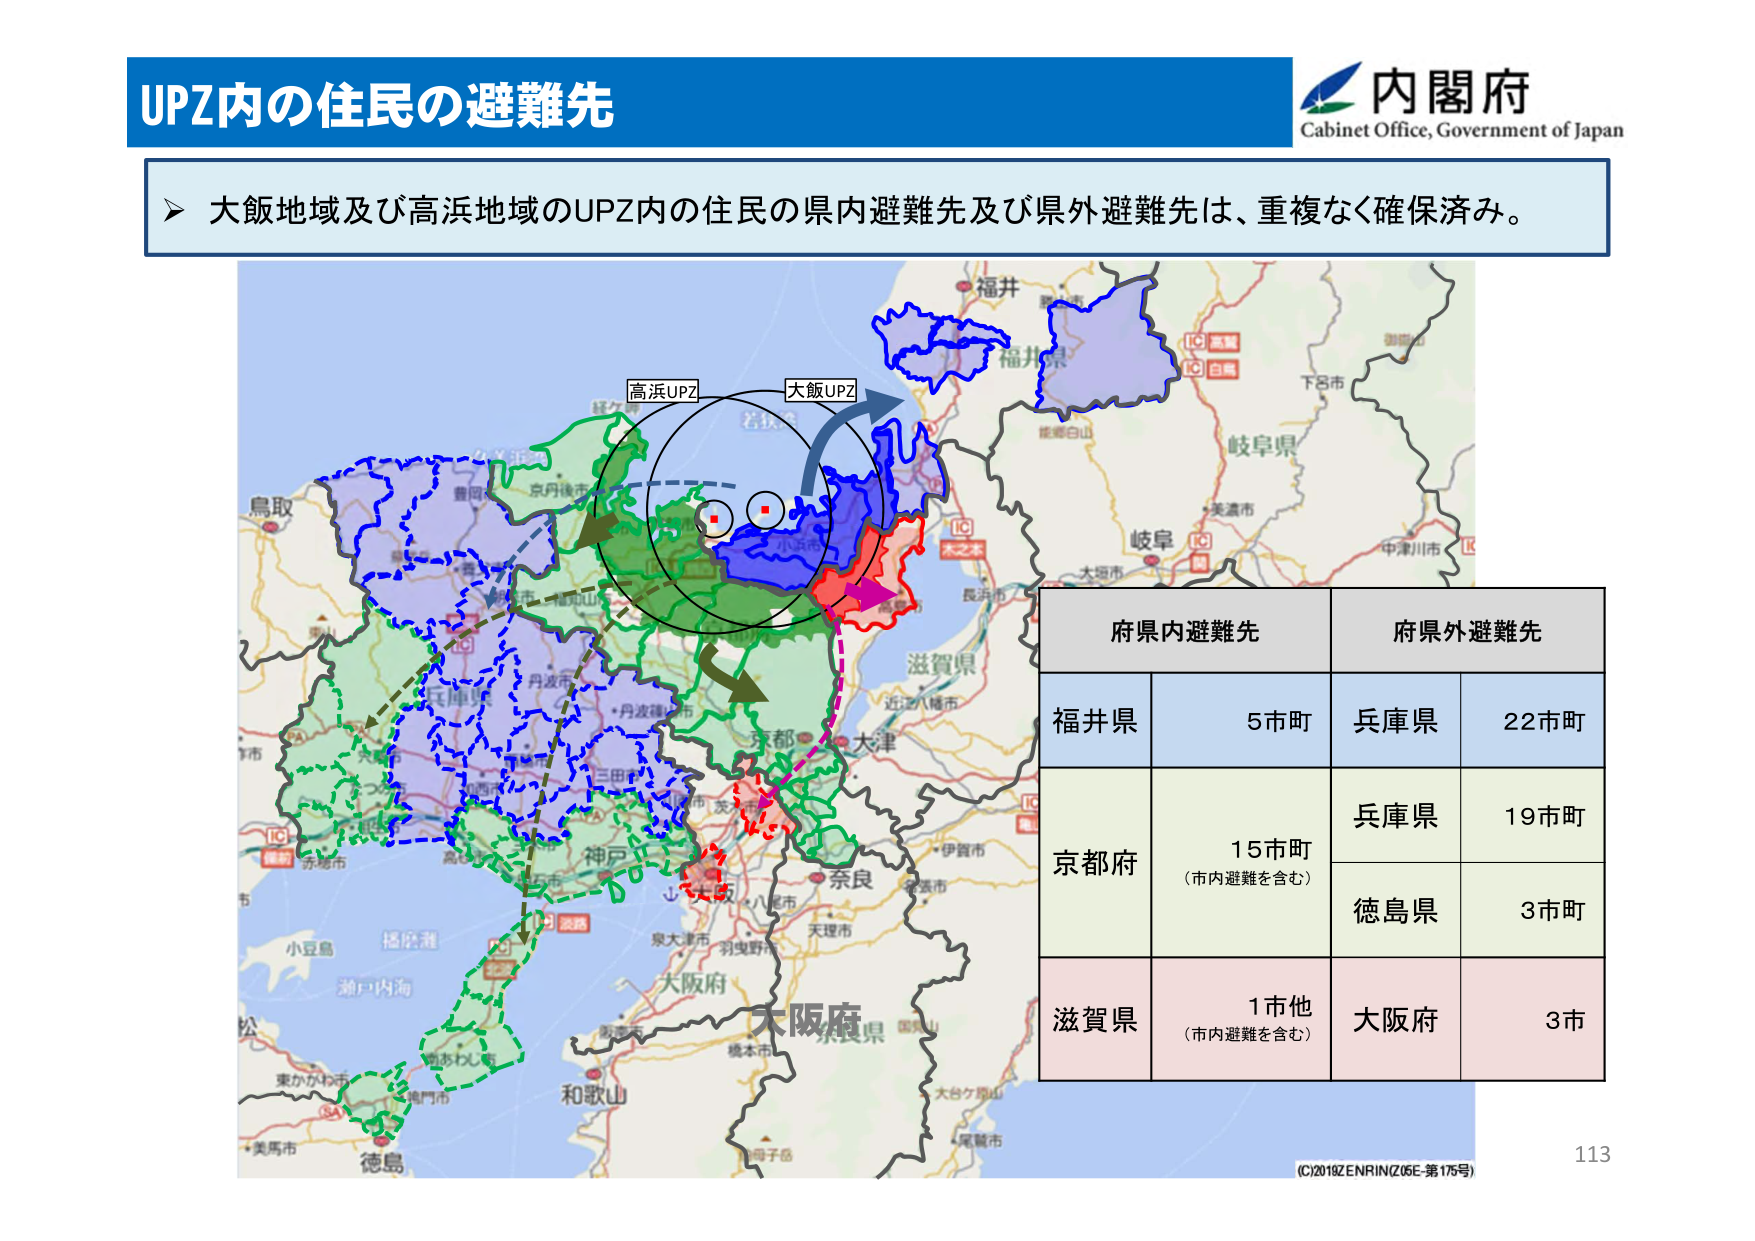
UPZ内の住民の避難先

内閣府
Cabinet Office, Government of Japan

大飯地域及び高浜地域のUPZ内の住民の県内避難先及び県外避難先は、重複なく確保済み。

高浜UPZ
大飯UPZ

福井
福井県
岐阜県
下呂市
岐阜
美濃市
中津川市
能登白山
木之本
長浜市
滋賀県
近江八幡市
大津
京都
神戸
奈良
天理市
伊賀市
泉大津市
羽曳野市
大阪府
和歌山
徳島
小豆島
瀬戸内海
鳥取
豊岡市
京丹後市
丹波市
丹波篠山市
三田市
三田市
赤穂市
播磨灘
東かがわ市
高松市
徳島市
美馬市
尾鷲市
大台ケ原山
奈良県
橿原市
八尾市
大阪府
大阪府
京都府
兵庫県
府県内避難先
府県外避難先
福井県
5市町
兵庫県
22市町
京都府
15市町
（市内避難を含む）
兵庫県
19市町
徳島県
3市町
滋賀県
1市他
（市内避難を含む）
大阪府
3市

(C)2019ZENRIN(Z05E-第175号)
113